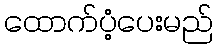
ထောက်ပံ့ပေးမည်